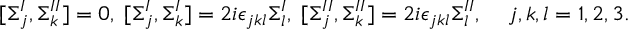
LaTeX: [ \Sigma _ { j } ^ { I } , \Sigma _ { k } ^ { I I } ] = 0 , \; [ \Sigma _ { j } ^ { I } , \Sigma _ { k } ^ { I } ] = 2 i \epsilon _ { j k l } \Sigma _ { l } ^ { I } , \; [ \Sigma _ { j } ^ { I I } , \Sigma _ { k } ^ { I I } ] = 2 i \epsilon _ { j k l } \Sigma _ { l } ^ { I I } , \; \; \; \; j , k , l = 1 , 2 , 3 .